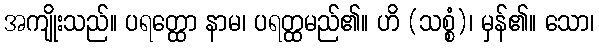
အကျိုးသည်။ ပရတ္ထော နာမ၊ ပရတ္ထမည်၏။ ဟိ (သစ္စံ)၊ မှန်၏။ သော၊